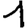
Digit: 1